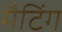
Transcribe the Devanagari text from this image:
मैटिंग